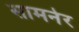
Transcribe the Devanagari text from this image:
सामनेर